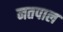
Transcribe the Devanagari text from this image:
नतपाल